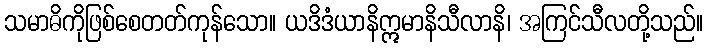
သမာဓိကိုဖြစ်စေတတ်ကုန်သော။ ယဒိဒံယာနိဣမာနိသီလာနိ၊ အကြင်သီလတို့သည်။